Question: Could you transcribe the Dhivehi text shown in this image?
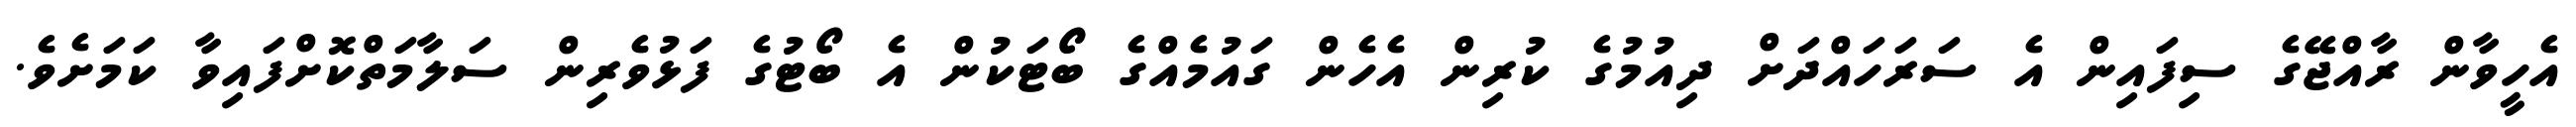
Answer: އެހީވާން ރާއްޖޭގެ ސިފައިން އެ ސަރަހައްދަށް ދިއުމުގެ ކުރިން އެހެން ގައުމެއްގެ ބޯޓަކުން އެ ބޯޓުގެ ފަޅުވެރިން ސަލާމަތްކޮށްފައިވާ ކަމަށެވެ.